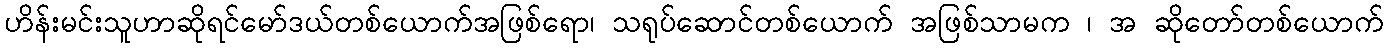
ဟိန်းမင်းသူဟာဆိုရင်မော်ဒယ်တစ်ယောက်အဖြစ်ရော၊ သရုပ်ဆောင်တစ်ယောက် အဖြစ်သာမက ၊ အ ဆိုတော်တစ်ယောက်